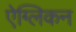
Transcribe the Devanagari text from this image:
ऐग्लिकन